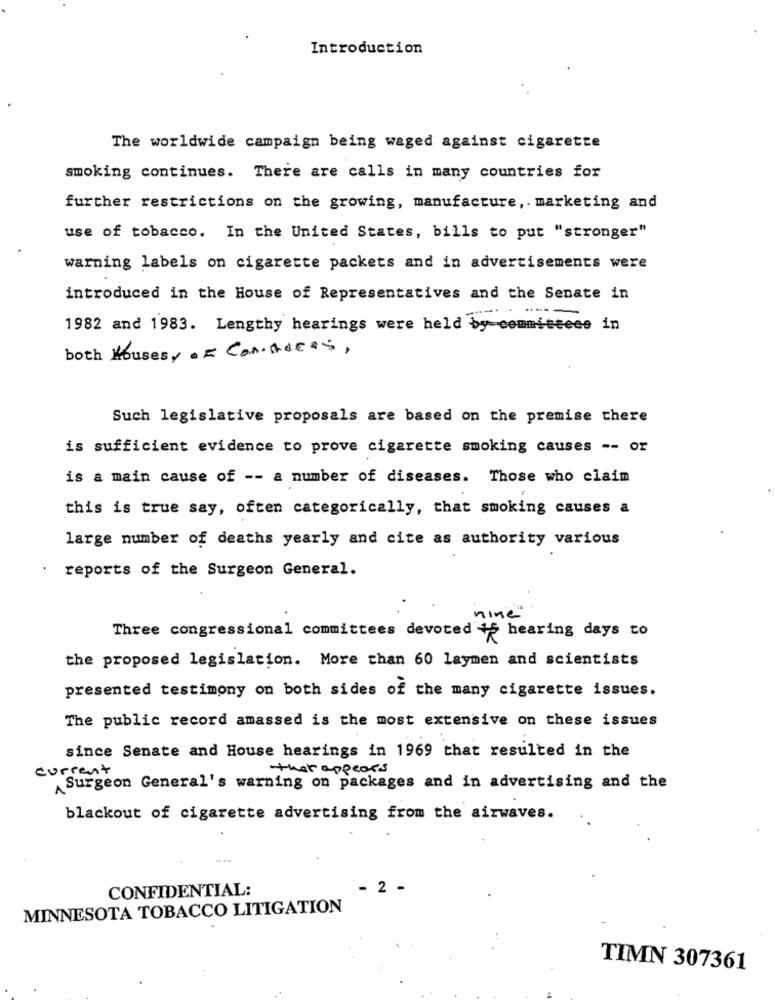
Introduction
The worldwide campaign being waged against cigarette
smoking continues. There are calls in many countries for
further restrictions on the growing, manufacture, marketing and
use of tobacco. In the United States, bills to put "stronger"
warning labels on cigarette packets and in advertisements were
introduced in the House of Representatives and the Senate in
1982 and 1983. Lengthy hearings were held by committees in
both Houses OF Considers,
Such legislative proposals are based on the premise there
is sufficient evidence to prove cigarette smoking causes -- or
is a main cause of -- a number of diseases. Those who claim
this is true say, often categorically, that smoking causes a
large number of deaths yearly and cite as authority various
reports of the Surgeon General.
nine"
Three congressional committees devoted +5 hearing days to
the proposed legislation. More than 60 laymen and scientists
presented testimony on both sides of the many cigarette issues.
The public record amassed is the most extensive on these issues
since Senate and House hearings in 1969 that resulted in the
current
that appears
Surgeon General's warning on packages and in advertising and the
blackout of cigarette advertising from the airwaves.
CONFIDENTIAL:
- 2 -
MINNESOTA TOBACCO LITIGATION
TIMN 307361